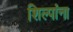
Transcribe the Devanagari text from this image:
शिल्पांना